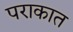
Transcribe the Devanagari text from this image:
पराकात